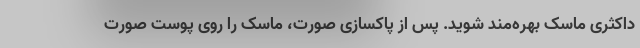
داکثری ماسک بهره‌مند شوید. پس از پاکسازی صورت، ماسک را روی پوست صورت